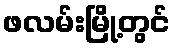
ဖလမ်းမြို့တွင်